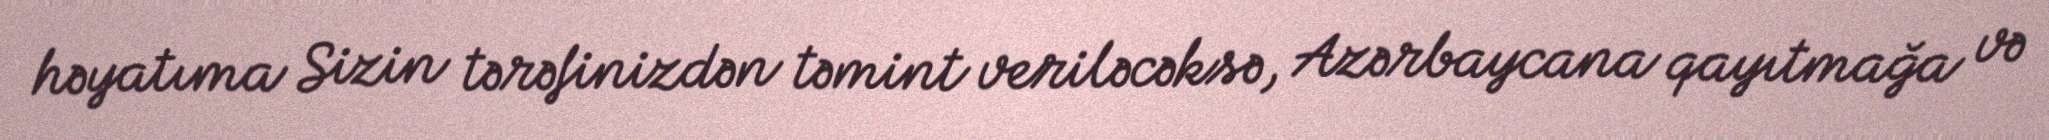
həyatıma Sizin tərəfinizdən təmint veriləcəksə, Azərbaycana qayıtmağa və